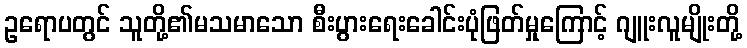
ဥရောပတွင် သူတို့၏မသမာသော စီးပွားရေးခေါင်းပုံဖြတ်မှုကြောင့် ဂျူးလူမျိုးတို့